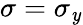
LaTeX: \sigma=\sigma_{\mathit{y}}